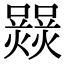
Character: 𤑽